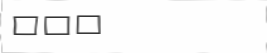
٢٢٠